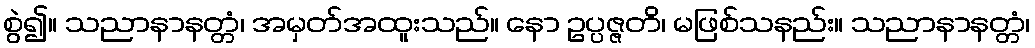
စွဲ၍။ သညာနာနတ္တံ၊ အမှတ်အထူးသည်။ နော ဥပ္ပဇ္ဇတိ၊ မဖြစ်သနည်း။ သညာနာနတ္တံ၊